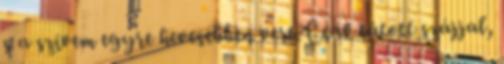
s a szívem egyre hevesebben vert. Csak tátott szájjal,